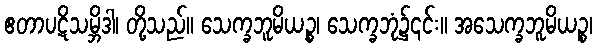
ဧတာပဋိသမ္ဘိဒါ၊ တို့သည်။ သေက္ခဘူမိယဉ္စ၊ သေက္ခဘုံ၌၎င်း။ အသေက္ခဘူမိယဉ္စ၊